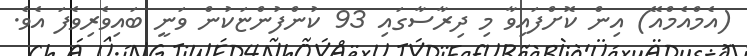
(އެމްއެމްއޭ) އިން ކޮށްފައިވާ މި ދިރާސާގައި 93 ކުންފުންޏަކުން ވަނީ ބައިވެރިވެފަ އެވެ.